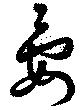
晏